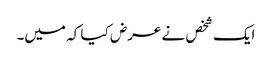
ایک شخص نے عرض کیا کہ میں۔